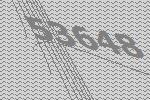
53648